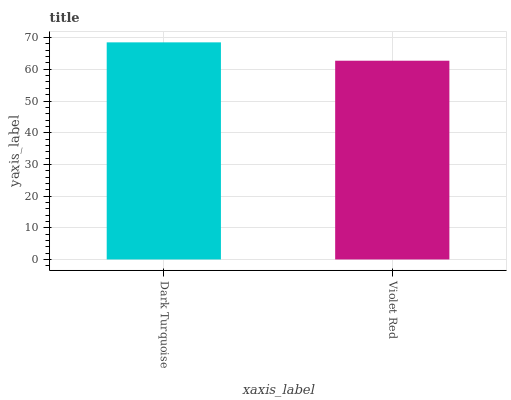
| xaxis_label | bars |
 | --- | --- |
 | Dark Turquoise | 68.5 |
 | Violet Red | 62.7 |